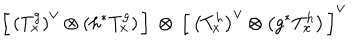
\left[ \, \left( T _ { x } ^ { g } \right) ^ { \vee } \otimes \left( h ^ { * } T _ { x } ^ { g } \right) \, \right] \: \otimes \: \left[ \, \left( T _ { x } ^ { h } \right) ^ { \vee } \otimes \left( g ^ { * } T _ { x } ^ { h } \right) \, \right] ^ { \vee }